Anatomy and histology of ticks - Number 23
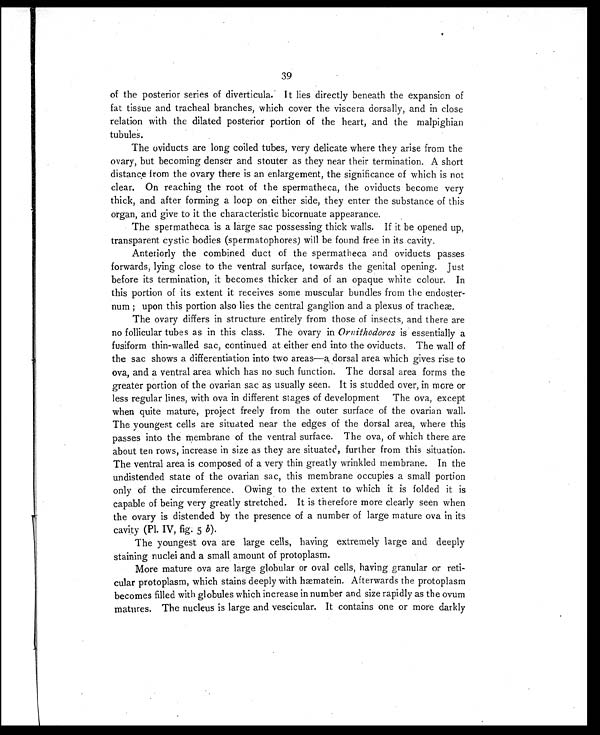
39
of the posterior series of diverticula. It lies directly beneath the expansion of
fat tissue and tracheal branches, which cover the viscera dorsally, and in close
relation with the dilated posterior portion of the heart, and the malpighian
tubules.
The oviducts are long coiled tubes, very delicate where they arise from the
ovary, but becoming denser and stouter as they near their termination. A short
distance from the ovary there is an enlargement, the significance of which is not
clear. On reaching the root of the spermatheca, the oviducts become very
thick, and after forming a loop on either side, they enter the substance of this
organ, and give to it the characteristic bicornuate appearance.
The spermatheca is a large sac possessing thick walls. If it be opened up,
transparent cystic bodies (spermatophores) will be found free in its cavity.
Anteriorly the combined duct of the spermatheca and oviducts passes
forwards, lying close to the ventral surface, towards the genital opening. Just
before its termination, it becomes thicker and of an opaque white colour. In
this portion of its extent it receives some muscular bundles from the endoster-
num ; upon this portion also lies the central ganglion and a plexus of tracheæ.
The ovary differs in structure entirely from those of insects, and there are
no follicular tubes as in this class. The ovary in Ornithodoros is essentially a
fusiform thin-walled sac, continued at either end into the oviducts. The wall of
the sac shows a differentiation into two areas—a dorsal area which gives rise to
ova, and a ventral area which has no such function. The dorsal area forms the
greater portion of the ovarian sac as usually seen. It is studded over, in more or
less regular lines, with ova in different stages of development The ova, except
when quite mature, project freely from the outer surface of the ovarian wall.
The youngest cells are situated near the edges of the dorsal area, where this
passes into the membrane of the ventral surface. The ova, of which there are
about ten rows, increase in size as they are situated, further from this situation.
The ventral area is composed of a very thin greatly wrinkled membrane. In the
undistended state of the ovarian sac, this membrane occupies a small portion
only of the circumference. Owing to the extent to which it is folded it is
capable of being very greatly stretched. It is therefore more clearly seen when
the ovary is distended by the presence of a number of large mature ova in its
cavity (Pl. IV, fig. 5 b ).
The youngest ova are large cells, having extremely large and deeply
staining nuclei and a small amount of protoplasm.
More mature ova are large globular or oval cells, having granular or reti-
cular protoplasm, which stains deeply with hæmatein. Afterwards the protoplasm
becomes filled with globules which increase in number and size rapidly as the ovum
matures. The nucleus is large and vescicular. It contains one or more darkly